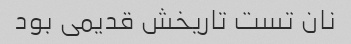
نان تست تاریخش قدیمی بود